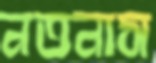
নতনাস